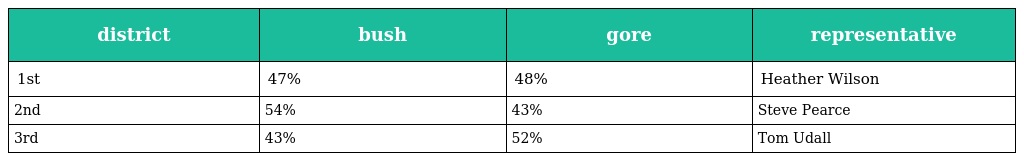
| district | bush | gore | representative |
 | --- | --- | --- | --- |
 | 1st | 47% | 48% | Heather Wilson |
 | 2nd | 54% | 43% | Steve Pearce |
 | 3rd | 43% | 52% | Tom Udall |